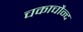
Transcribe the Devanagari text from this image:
चकाचौन्द